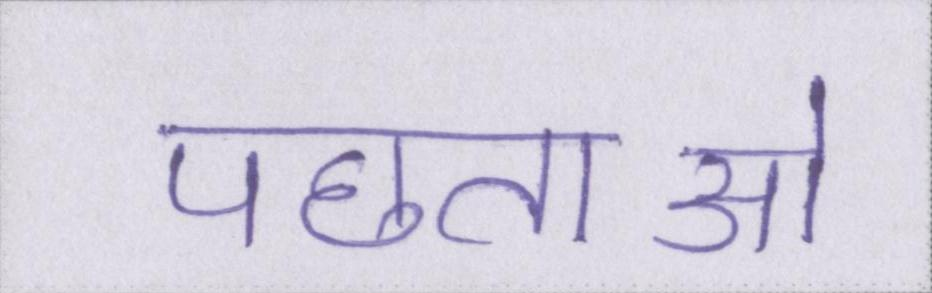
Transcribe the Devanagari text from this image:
पछताओ